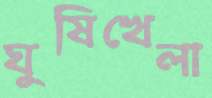
ঘুষিখেলা